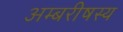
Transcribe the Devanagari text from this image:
अम्बरीषस्य